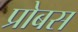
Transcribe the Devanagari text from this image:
प्रोबस